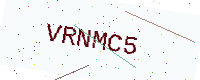
Text: VRNMC5